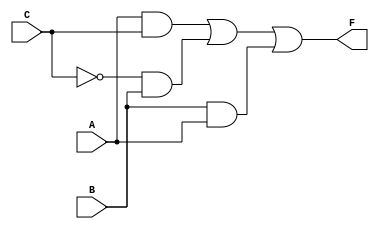
module my_design_practice (A, B, C, F);
    input  A, B, C;
    wire w1, w2, w3, w4;
    output F;
    assign w1 = ~C;
    assign w2 = A & C;
    assign w3 = w1 & B;
    assign w4 = B & A;
    assign F = w2 | w3 | w4;
endmodule

module testbench;
	reg a,b,c;
	wire f;

	initial
	begin
		$dumpfile("my_design_practice.vcd");
		$dumpvars(0, testbench);

		$monitor("%t: a:%b b:%b c:%b f:%b", $time, a, b, c, f);
		a <= 0;
		b <= 0;
		c <= 0;
		#8
			$finish;
	end

	always #1
		a <= ~a;
	always #2
		b <= ~b;
	always #4
		c <= ~c;
	my_design_practice inst0 (a,b,c,f);
endmodule